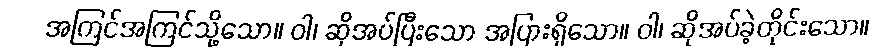
အကြင်အကြင်သို့သော။ ဝါ၊ ဆိုအပ်ပြီးသော အပြားရှိသော။ ဝါ၊ ဆိုအပ်ခဲ့တိုင်းသော။